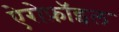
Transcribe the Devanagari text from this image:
ऐरोफ़ॉइल